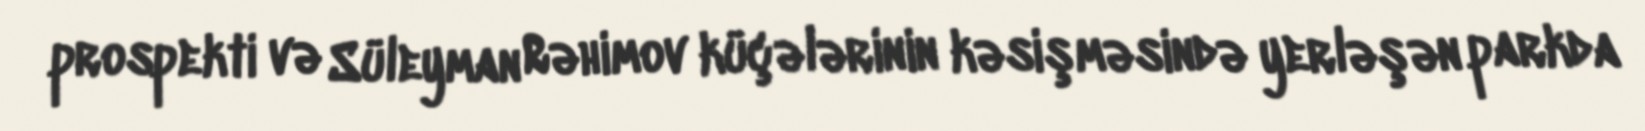
prospekti və Süleyman Rəhimov küçələrinin kəsişməsində yerləşən parkda